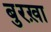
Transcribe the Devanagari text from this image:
बुरख़ा